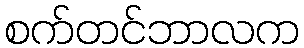
စက်တင်ဘာလက